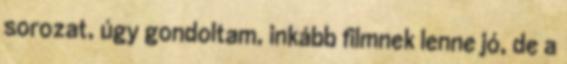
sorozat, úgy gondoltam, inkább filmnek lenne jó, de a